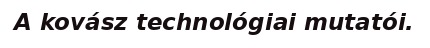
A kovász technológiai mutatói.